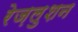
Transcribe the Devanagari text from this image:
रेज़लुशन